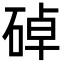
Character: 䂽